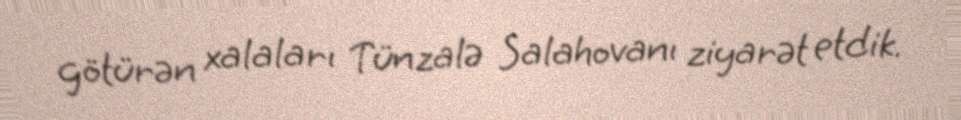
götürən xalaları Tünzalə Salahovanı ziyarət etdik.